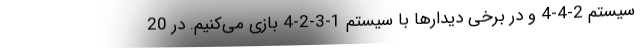
سیستم 2-4-4 و در برخی دیدارها با سیستم 1-3-2-4 بازی می‌کنیم. در 20